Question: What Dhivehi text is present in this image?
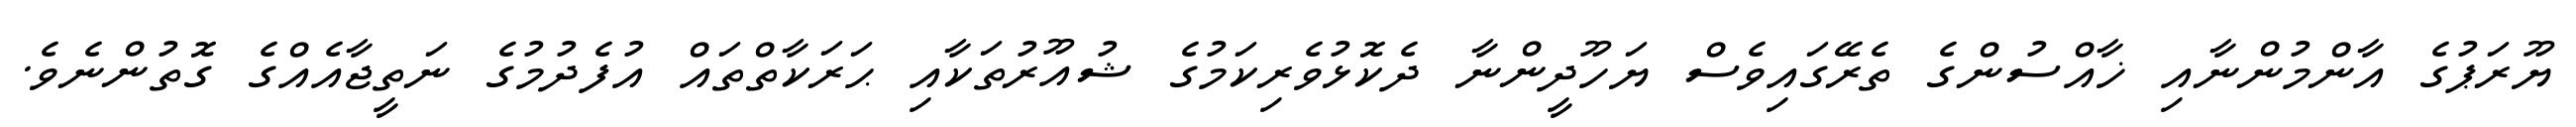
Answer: ޔޫރަޕުގެ އާންމުންނާއި ޚާއްސުންގެ ތެރޭގައިވެސް ޔަހޫދީންނާ ދެކޮޅުވެރިކަމުގެ ޝުއޫރުތަކާއި ޙަރަކާތްތައް އުފެދުމުގެ ނަތީޖާއެއްގެ ގޮތުންނެވެ.